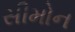
સીમોન